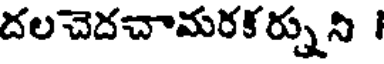
దలచెదచామరకర్నుని ।